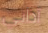
آذاني